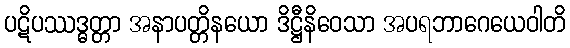
ပဋိပဿဒ္ဓတ္တာ အနာပတ္တိနယော ဒိဋ္ဌီနိဝေသာ အပရဘာဂေယေဝါတိ